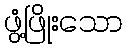
ဖွံ့ဖြိုးသော